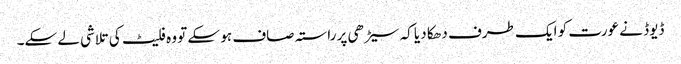
ڈیوڈ نے عورت کو ایک طرف دھکا دیا کہ سیڑھی پر راستہ صاف ہو سکے تو وہ فلیٹ کی تلاشی لے سکے۔